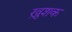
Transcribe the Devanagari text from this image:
ख़ुशक